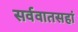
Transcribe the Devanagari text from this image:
सर्ववातसहां